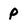
Character: P